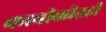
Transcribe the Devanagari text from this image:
कावीळीतही